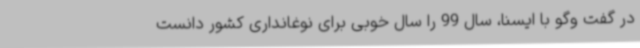
در گفت وگو با ایسنا، سال 99 را سال خوبی برای نوغانداری کشور دانست